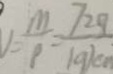
1 = \frac { m } { p } = \frac { 7 2 g } { 1 9 k m }